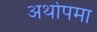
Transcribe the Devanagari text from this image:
अर्थोपमा